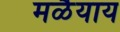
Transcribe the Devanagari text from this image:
मळैयाय